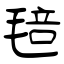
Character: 毰